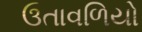
ઉતાવળિયો